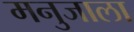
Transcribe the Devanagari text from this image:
मनुजाला